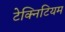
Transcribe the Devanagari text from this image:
टेक्निटियम